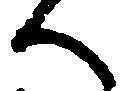
へ